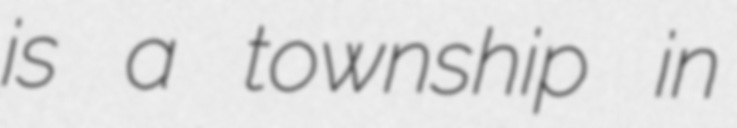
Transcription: is a township in